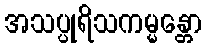
အသပ္ပုရိသကမ္မန္တော